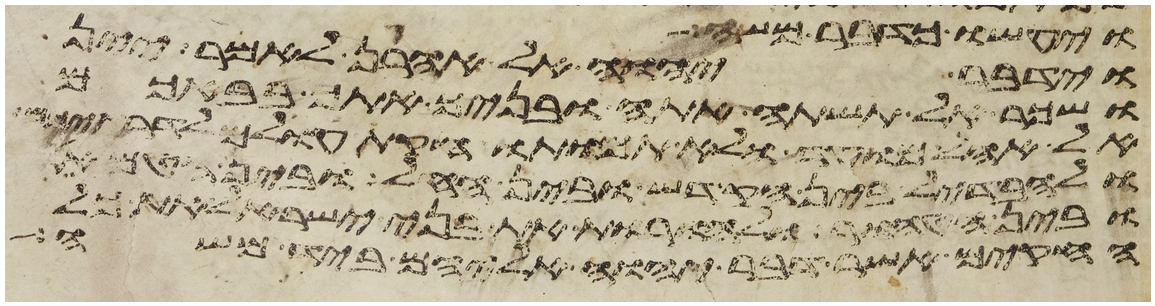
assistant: וידבר יהוה אל אהרן לאמר יין
ושכר אל תשתה אתה ובניך אתך בבאכם
אל אהל מועד ולא תמותו חקת עולם לדרתיכם
ולהבדיל בין הקדש ובין החל ובין הטמא
ובין הטהור ולהורות את בני ישראל את כל
החקים אשר דבר יהוה אליהם ביד משה